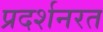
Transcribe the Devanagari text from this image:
प्रदर्शनरत